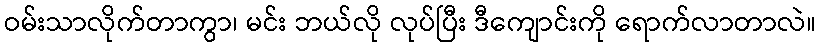
ဝမ်းသာလိုက်တာကွာ၊ မင်း ဘယ်လို လုပ်ပြီး ဒီကျောင်းကို ရောက်လာတာလဲ။